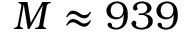
M \approx 9 3 9